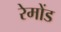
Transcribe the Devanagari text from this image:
रेमोंड